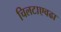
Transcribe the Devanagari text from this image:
चिलटाएवढा